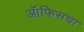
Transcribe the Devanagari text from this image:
ऑफिसचा